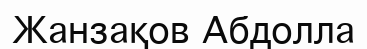
Жанзақов Абдолла